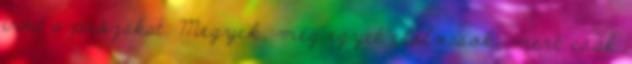
írod a prózákat. Megyek, még egyet elolvasok, mert csak